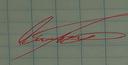
Signature authenticity: genuine